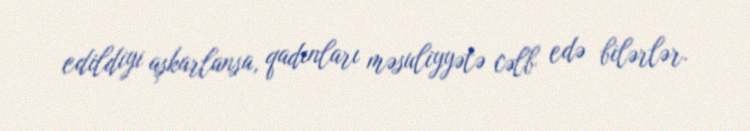
edildiyi aşkarlansa, qadınları məsuliyyətə cəlb edə bilərlər.